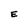
Character: E